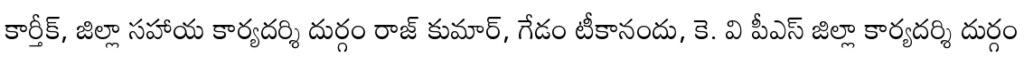
కార్తీక్, జిల్లా సహాయ కార్యదర్శి దుర్గం రాజ్ కుమార్, గేడం టీకానందు, కె. వి పీఎస్ జిల్లా కార్యదర్శి దుర్గం